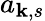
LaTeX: a_{\mathbf{k},s}